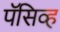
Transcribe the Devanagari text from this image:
पॅसिव्ह